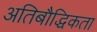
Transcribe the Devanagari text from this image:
अतिबौद्धिकता